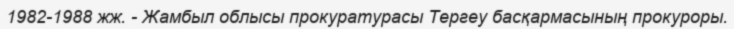
1982-1988 жж. - Жамбыл облысы прокуратурасы Тергеу басқармасының прокуроры.